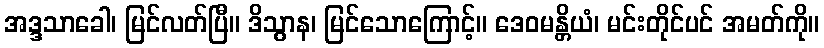
အဒ္ဒသာခေါ၊ မြင်လတ်ပြီ။ ဒိသွာန၊ မြင်သောကြောင့်။ ဒေဝမန္တိယံ၊ မင်းတိုင်ပင် အမတ်ကို။